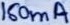
Text: 150mA